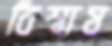
বিশ্বাষ